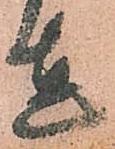
達